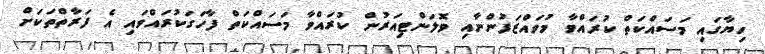
ހިޔާގައި މަސައްކަތް ކުރައްވާ މުވައްޒަފުންނާއި ވޮލަންޓިއަރުން ކުރައްވާ މަސައްކަތް ފާހަގަކުރައްވައި އެ ފަރާތްތަކަށް